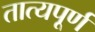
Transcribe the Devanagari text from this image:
तात्यपूर्ण